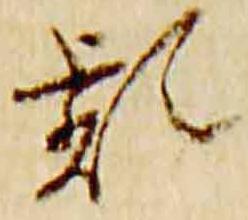
頻